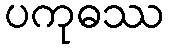
ပကုဓဿ